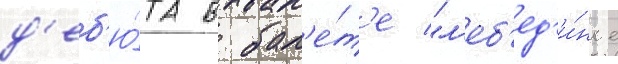
д'еб'ю́та в бал'е́т'е "л'еб'ед'и́ное